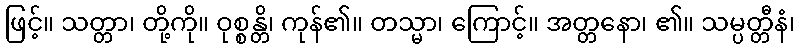
ဖြင့်။ သတ္တာ၊ တို့ကို။ ဝုစ္စန္တိ၊ ကုန်၏။ တသ္မာ၊ ကြောင့်။ အတ္တနော၊ ၏။ သမ္ပတ္တီနံ၊